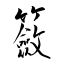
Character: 籢